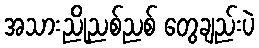
အသားညိုညစ်ညစ် တွေချည်းပဲ